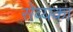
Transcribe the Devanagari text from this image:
सेव्यका